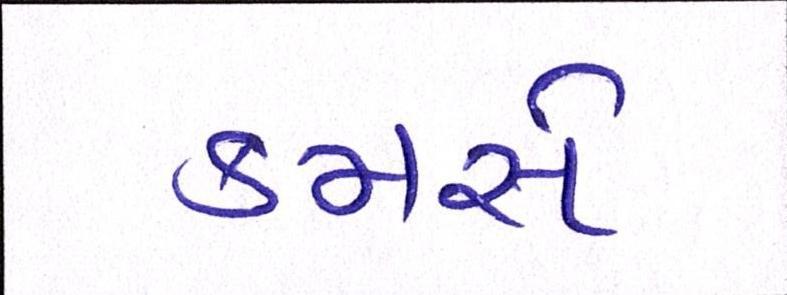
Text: કમસે